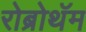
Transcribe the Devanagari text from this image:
रोब्रोथॅम